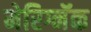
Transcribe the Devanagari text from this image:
मेरिग्नॅक